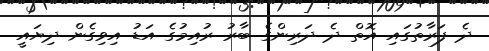
ދެ ފަރާތުގައި އޮތް ދެ ދަރިންގެ ބާރު ރުއިމުގެ އަޑު އިވިގެން ދިޔައީ